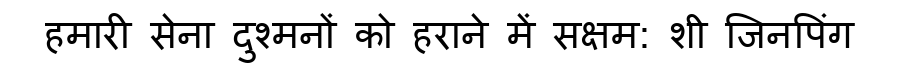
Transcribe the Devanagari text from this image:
हमारी सेना दुश्मनों को हराने में सक्षम: शी जिनपिंग